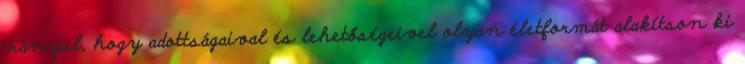
irányul, hogy adottságaival és lehetőségeivel olyan életformát alakítson ki